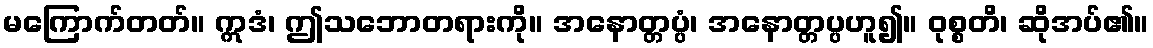
မကြောက်တတ်။ ဣဒံ၊ ဤသဘောတရားကို။ အနောတ္တပ္ပံ၊ အနောတ္တပ္ပဟူ၍။ ဝုစ္စတိ၊ ဆိုအပ်၏။